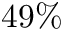
4 9 \%